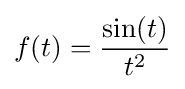
f(t)={\frac {\sin(t)}{t^{2}}}